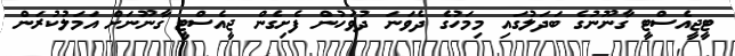
ޓީޖީއެސްޓީ ގާނޫނުގެ ބަދަލުގައި މިމަހުގެ ދެވަނަ ދުވަހުން ފެށިގެން ޖީއެސްޓީ ގާނޫނަށް އަމަލުކުރަން